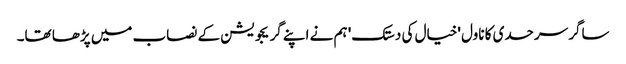
ساگر سرحدی کا ناول 'خیال کی دستک' ہم نے اپنے گریجویشن کے نصاب میں پڑھا تھا۔